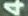
4